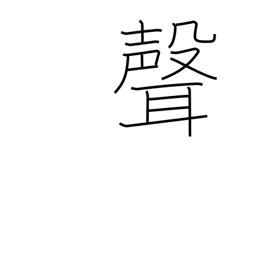
Meaning: tone